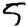
Digit: 5